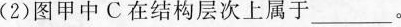
(2)图甲中C在结构层次上属于___。